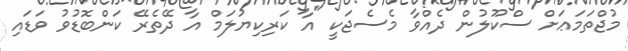
މުޖްތަމަޢަށް ސްކޫލުން ދެއްވާ މެސެޖަކީ "އާ ކަރިކިޔުލަމް އާ ދޭތެރޭ ކަންބޮޑުވު ވަޑައި